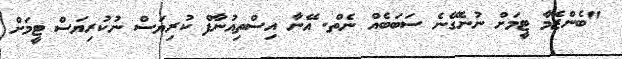
"ބެންޒެމާ ޓީމަށް ނުނެގޭނެ ސަބަބެއް ނެތް. އޭނާ އިސްތިއުނާފް ކުރިޔަސް ނުކުރިޔަސް ޓީމަށް